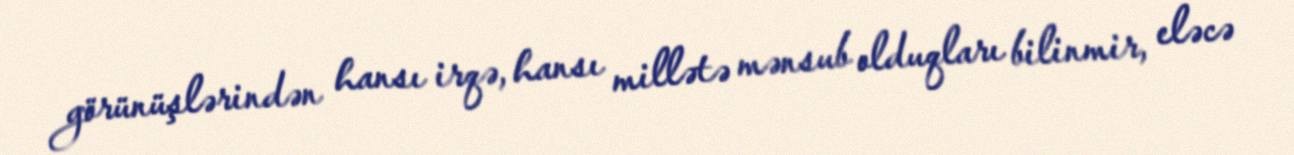
görünüşlərindən hansı irqə, hansı millətə mənsub olduqları bilinmir, eləcə